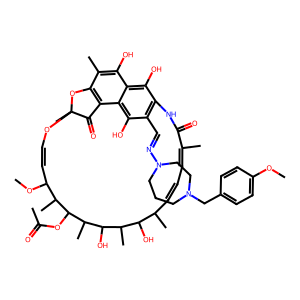
SMILES: COc1ccc(CN2CCCN(N=Cc3c4c(O)c5c(O)c(C)c6c(c5c3O)C(=O)C(C)(OC=CC(OC)C(C)C(OC(C)=O)C(C)C(O)C(C)C(O)C(C)C=CC=C(C)C(=O)N4)O6)CC2)cc1
Inhibits HIV replication: No